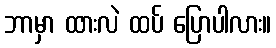
ဘာမှာ ထားလဲ ထပ် ပြောပါလား။